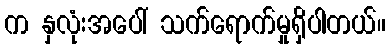
က နှလုံးအပေါ် သက်ရောက်မှုရှိပါတယ်။